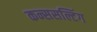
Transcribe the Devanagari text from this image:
कन्ससल्टिंग